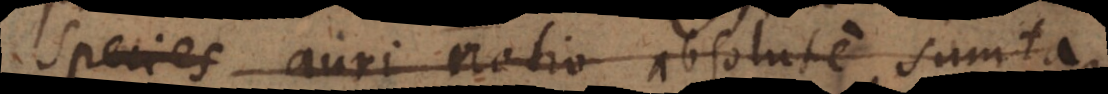
species auri notio absolute sumta